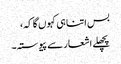
بس اتنا ہی کہوں گا کہ،
پچھلے اشعار سے پیوستہ۔